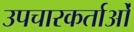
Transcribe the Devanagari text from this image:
उपचारकर्ताओं